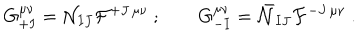
G _ { + I } ^ { \mu \nu } = { \cal N } _ { I J } { \cal F } ^ { + J \, \mu \nu } \ ; \qquad G _ { - I } ^ { \mu \nu } = \bar { \cal N } _ { I J } { \cal F } ^ { - J \, \mu \nu } \ .